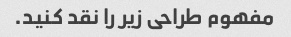
مفهوم طراحی زیر را نقد کنید.